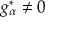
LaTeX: g _ { \alpha } ^ { * } \neq 0